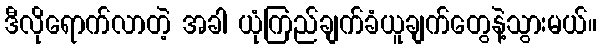
ဒီလိုရောက်လာတဲ့ အခါ ယုံကြည်ချက်ခံယူချက်တွေနဲ့သွားမယ်။